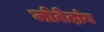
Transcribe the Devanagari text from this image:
जोवेदांग